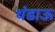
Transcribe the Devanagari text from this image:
थंडाऊ